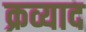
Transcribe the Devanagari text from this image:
क्रव्याद